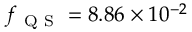
f _ { \mathrm { ~ Q ~ S ~ } } = 8 . 8 6 \times 1 0 ^ { - 2 }